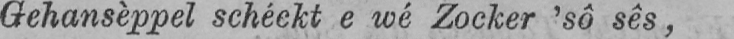
Gehansèppel schéekt e wé Zocker ’sô sês,